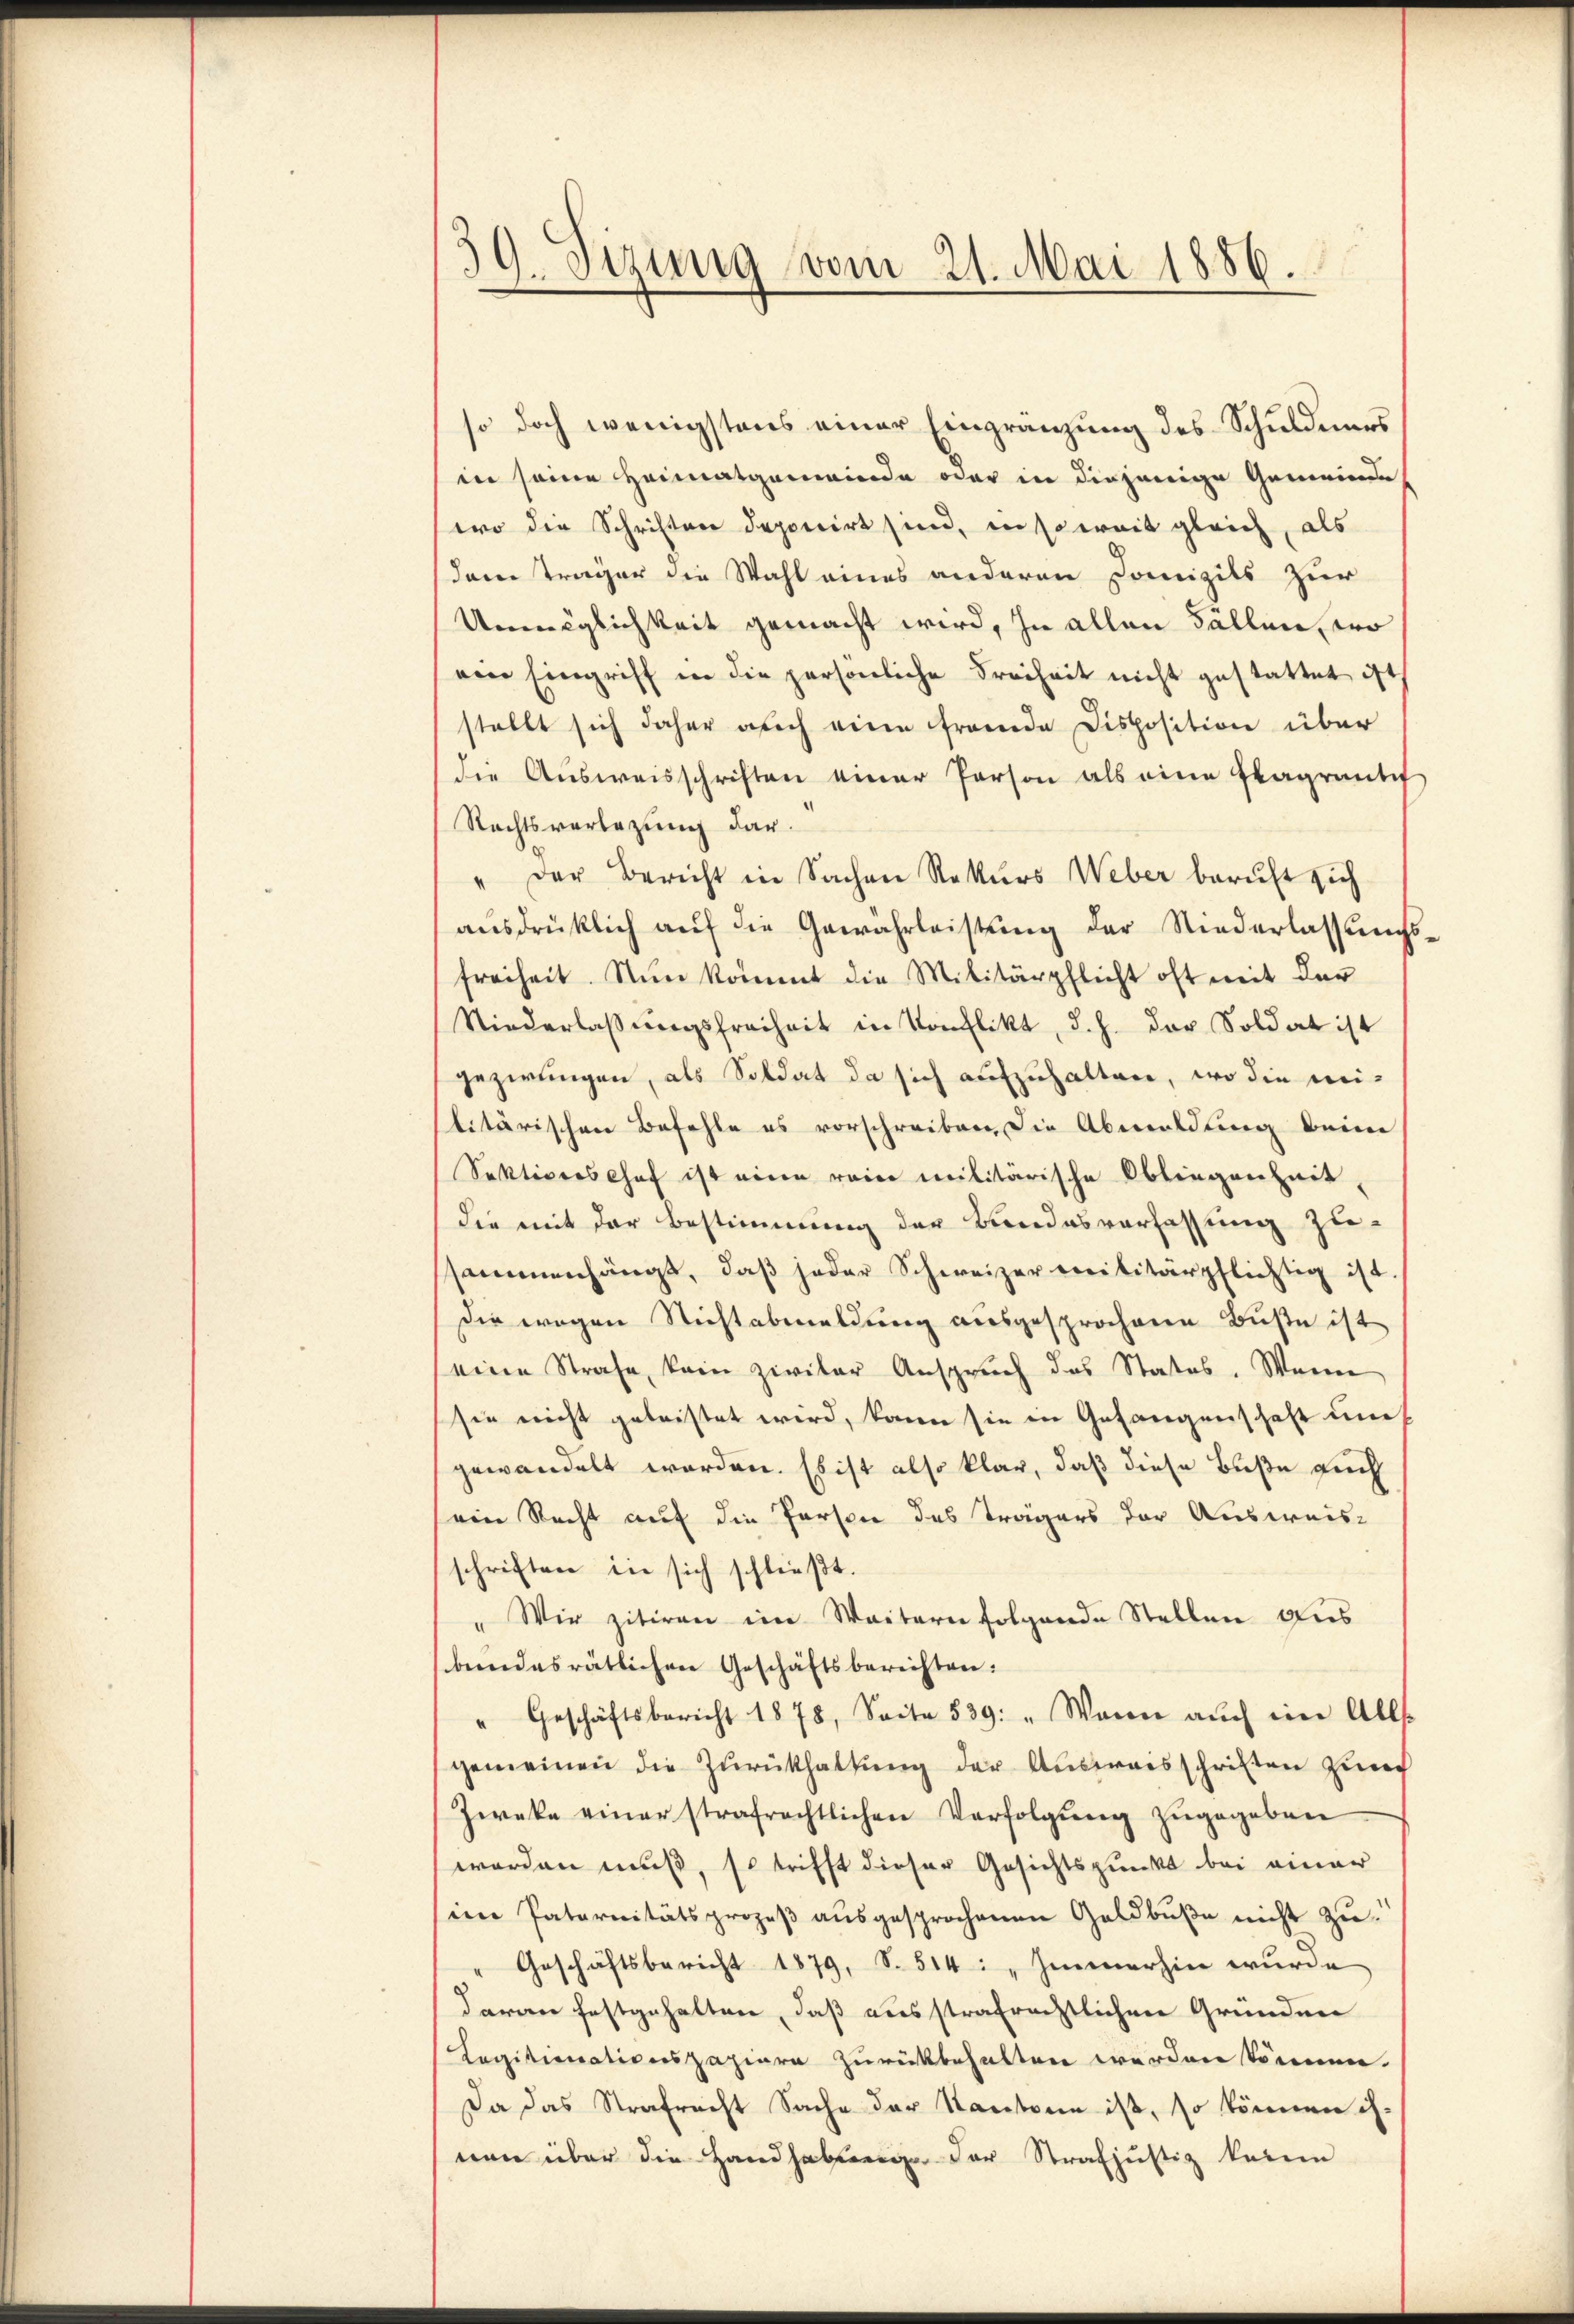
59. Sizung vom 21. Mai 1886.

so doch wenigstens einer Eingränzung des Schuldners
in seine Heimatgemeinde oder in diejenige Gemeinde
wo die Schriften deponirt sind, in soweit gleich, als
dar träger die Wahl eines anderen Domizils zur
Unmöglichkeit gemacht wird, in allen Fällen, wo
von Eingriff in die persönliche Freiheit nicht gestattet ist
stellt sich daher auch eine fremde Disposition über
die Ausweisschriften einer Person als eine Fragrantit
Rechtsverlegung dar¬
" Der Bericht in Sachen Rekurs Weber beruft sich
aŭsdrücklich aŭf die Gewährleistung der Niederlassungsfreiheit. Nun kommt die Militärpflicht oft mit der
Niederlassŭngsfreiheit in Konflikt, d. h. der Soldat ist
gezwungen, als Soldat da sich aufzuhalten, wo die militärischen Befehle es vorschreiben, die Abmeldung beim
Sektiverschef ist eine reine militärische Obliegenheit,
die mit der Bestimmung der Bundesverfassung zu-
sammenhängt, daβ jeder Schweizer militärpflichtig ist.
die wegen Nichtabmeldung ausgesprochene Buße ist
eine Strafe, kein zivilar Anspruch das Status. Wenn
sie nicht geleistet wird, kann sie in Gefangenschaft un
gewandelt worden. Es ist also klar, daß diese Buße auch
sein Recht auf die Person des Trägers der Ausweis-
schriften in sich schließt:
Wir zitiren im Weitern folgende Stellen des
bundesrätlichen Geschäftsberichten:
"Geschäftsbericht 1878, Seite 539: " Wann aŭch ein Alls
gemeinen die Zurükhaltung der Ausweisschriften zur
Zweke einer strafrechtlichen Verfolgŭng zŭgegeben
worden muß, so trifft dieser Gesichtspunkt bei einer
im Paternitätsprozeβ aŭsgesprochenen Geldbuße nicht zu-
Geschäftsbericht 1879, S. 514: „Immerhin wurde
daran festgehalten, daß ausstrafrechtlichen Gründen
Legitionationspaziere zurückbehalten werden können.
Da das Strafrecht Sache der Kantone ist, so können ih-
nen über die Handhabung der Strafjustiz keine